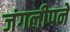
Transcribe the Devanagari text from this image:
जंगलीपने